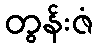
တွန်းဇံ